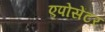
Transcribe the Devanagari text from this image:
एपोसेंटर